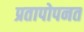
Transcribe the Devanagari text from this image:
प्रतापोपनत